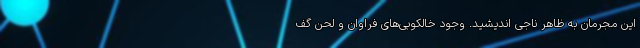
این مجرمان به ظاهر ناجی اندیشید. وجود خالکوبی‌های فراوان و لحن گف